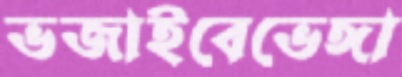
ভজাইবেভেঙ্গা